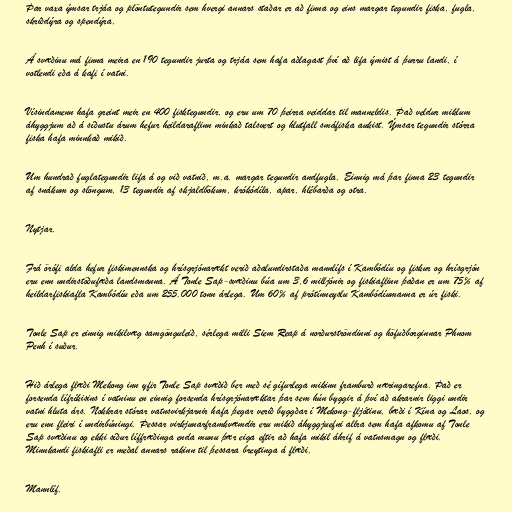
Þar vaxa ýmsar trjáa og plöntutegundir sem hvergi annars staðar er að finna og eins margar tegundir fiska, fugla,
skriðdýra og spendýra.

Á svæðinu má finna meira en 190 tegundir jurta og trjáa sem hafa aðlagast því að lifa ýmist á þurru landi, í
votlendi eða á kafi í vatni.

Vísindamenn hafa greint meir en 400 fisktegundir, og eru um 70 þeirra veiddar til manneldis. Það veldur miklum
áhyggjum að á síðustu árum hefur heildaraflinn minkað talsvert og hlutfall smáfiska aukist. Ýmsar tegundir stórra
fiska hafa minnkað mikið.

Um hundrað fuglategundir lifa á og við vatnið, m.a. margar tegundir andfugla. Einnig má þar finna 23 tegundir
af snákum og slöngum, 13 tegundir af skjaldbökum, krókódíla, apar, hlébarða og otra.

Nytjar.

Frá örófi alda hefur fiskimennska og hrísgrjónarækt verið aðalundirstaða mannlífs í Kambódíu og fiskur og hrísgrjón
eru enn undirstöðufæða landsmanna. Á Tonle Sap-svæðinu búa um 3,6 milljónir og fiskiaflinn þaðan er um 75% af
heildarfiskiafla Kambódíu eða um 255.000 tonn árlega. Um 60% af prótínneyslu Kambódíumanna er úr fiski.

Tonle Sap er einnig mikilvæg samgönguleið, sérlega milli Siem Reap á norðurströndinni og höfuðborginnar Phnom
Penh í suður.

Hið árlega flæði Mekong inn yfir Tonle Sap svæðið ber með sé gífurlega mikinn framburð næringarefna. Það er
forsenda lífríkisins í vatninu en einnig forsenda hrísgrjónaræktar þar sem hún byggir á því að akrarnir liggi undir
vatni hluta árs. Nokkrar stórar vatnsvirkjarnir hafa þegar verið byggðar í Mekong-fljótinu, bæði í Kína og Laos, og
eru enn fleiri í undirbúningi. Þessar virkjunarframkvæmdir eru mikið áhyggjuefni allra sem hafa afkomu af Tonle
Sap svæðinu og ekki síður líffræðinga enda munu þær eiga eftir að hafa mikil áhrif á vatnsmagn og flæði.
Minnkandi fiskiafli er meðal annars rakinn til þessara breytinga á flæði.

Mannlíf.